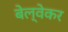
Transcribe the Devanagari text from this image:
बेल्वेकर